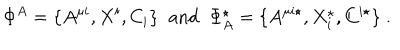
\Phi ^ { A } = \{ A ^ { \mu i } , X ^ { i } , C _ { i } \} \; \; \mathrm { a n d } \; \; \Phi _ { A } ^ { \star } = \{ A ^ { \mu i \star } , X _ { i } ^ { \star } , C ^ { i \star } \} \; .